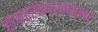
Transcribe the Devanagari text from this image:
हायड्रोकार्बन्सचा